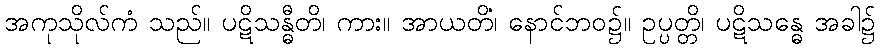
အကုသိုလ်ကံ သည်။ ပဋိသန္ဓီတိ၊ ကား။ အာယတိံ၊ နောင်ဘဝ၌။ ဥပ္ပတ္တိ၊ ပဋိသန္ဓေ အခါ၌